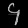
Digit: ၄